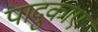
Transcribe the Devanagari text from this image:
पादुकाए